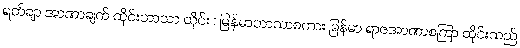
ရတ်ချာ အာဏာချက် ထိုင်းဘာသာ ထိုင်း : မြန်မာဘာသာစကား မြန်မာ ရာဇအာဏာစကြာ ထိုင်းသည်